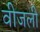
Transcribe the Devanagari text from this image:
वीजली